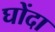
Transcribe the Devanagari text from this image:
घोंदा